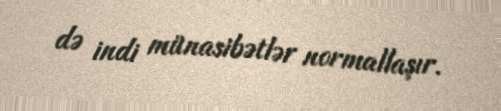
də indi münasibətlər normallaşır.